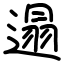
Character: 遢